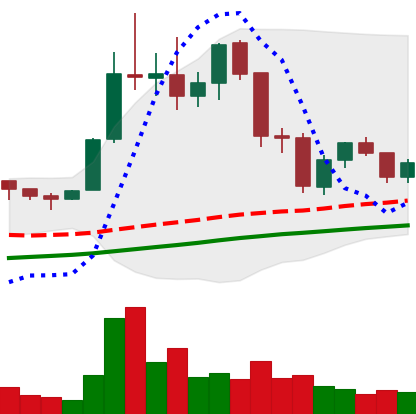
Ticker: LTC-USD
Chart end date: 2021-11-23
Forward return: -7.872%
Label: down_7plus